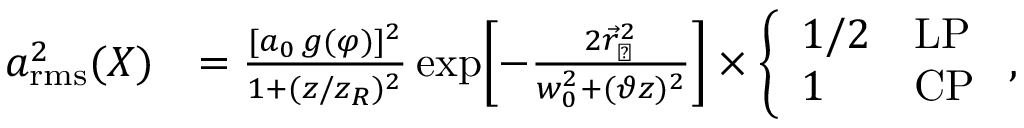
\begin{array} { r l } { a _ { \mathrm { r m s } } ^ { 2 } ( X ) } & { = \frac { [ a _ { 0 } \, g ( \varphi ) ] ^ { 2 } } { 1 + ( z / z _ { R } ) ^ { 2 } } \exp \! \left[ - \frac { 2 \vec { r } _ { \perp } ^ { 2 } } { w _ { 0 } ^ { 2 } + ( \vartheta z ) ^ { 2 } } \right] \times \left\{ \begin{array} { l l } { 1 / 2 } & { \mathrm { L P } } \\ { 1 } & { \mathrm { C P } } \end{array} \right. , } \end{array}